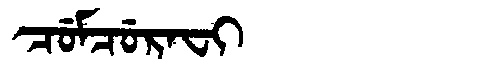
Manchu: ᠴᡠᠮᠴᡠᡵᠠᠸᡳ
Romanization: CUMCURAFI